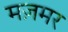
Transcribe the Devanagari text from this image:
मज़मर